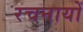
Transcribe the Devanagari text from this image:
रचनायों